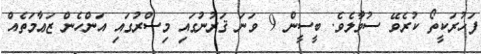
ފަޚުރަކީތޯ ކުރެވޭ ސުވާލެވެ. ބީސީން 9 ވަނަ ޤަރުނުގައި މިސްރުގައި އަންހެން ޒަޢާމަތެއް